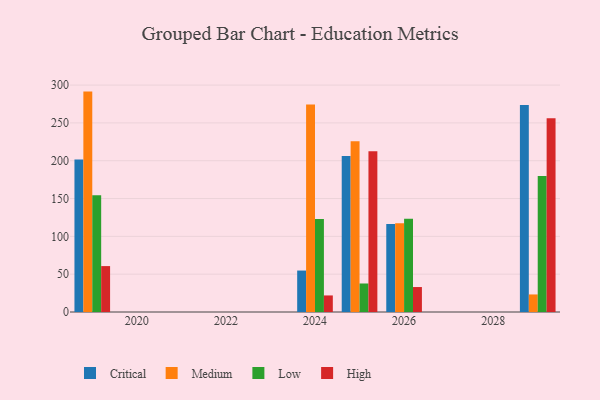
{"axis": {"x": "Year", "y": "Budget (USD K)"}, "legend": ["Critical", "High", "Low", "Medium"], "data": [{"x": "2025", "y": 206.2, "type": "Critical"}, {"x": "2025", "y": 225.9, "type": "Medium"}, {"x": "2025", "y": 37.7, "type": "Low"}, {"x": "2025", "y": 212.5, "type": "High"}, {"x": "2029", "y": 273.6, "type": "Critical"}, {"x": "2029", "y": 23.2, "type": "Medium"}, {"x": "2029", "y": 179.9, "type": "Low"}, {"x": "2029", "y": 256.3, "type": "High"}, {"x": "2019", "y": 201.5, "type": "Critical"}, {"x": "2019", "y": 291.4, "type": "Medium"}, {"x": "2019", "y": 154.4, "type": "Low"}, {"x": "2019", "y": 60.7, "type": "High"}, {"x": "2026", "y": 116.2, "type": "Critical"}, {"x": "2026", "y": 117.3, "type": "Medium"}, {"x": "2026", "y": 123.3, "type": "Low"}, {"x": "2026", "y": 33.0, "type": "High"}, {"x": "2024", "y": 54.8, "type": "Critical"}, {"x": "2024", "y": 274.4, "type": "Medium"}, {"x": "2024", "y": 122.9, "type": "Low"}, {"x": "2024", "y": 21.9, "type": "High"}]}